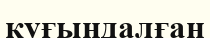
қуғындалған